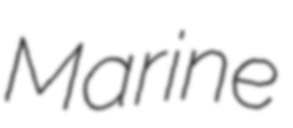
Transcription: Marine